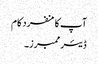
آپ کا منفرد کام
ڈیئر ممبرز۔